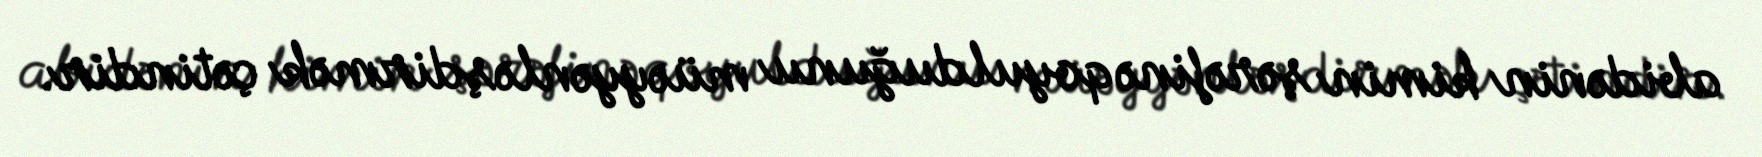
abidənin kimin şərəfinə qoyulduğunu müəyyənləşdirmək çətindir.